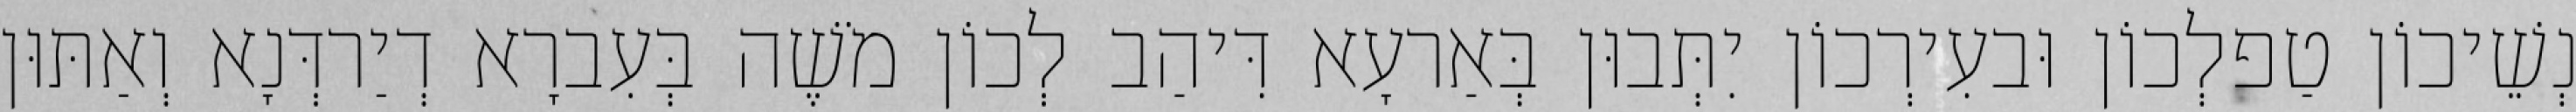
נְשֵׁיכוֹן טַפלְכוֹן וּבעִירְכוֹן יִתְּבוּן בְּאַרעָא דִּיהַב לְכוֹן מֹשֶׁה בְּעִברָא דְיַרדְּנָא וְאַתּוּן